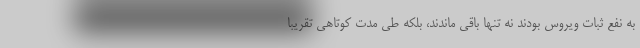
به نفع ثبات ویروس بودند نه تنها باقی ماندند، بلکه طی مدت کوتاهی تقریبا